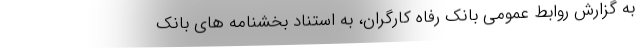
به گزارش روابط عمومی بانک رفاه کارگران، به استناد بخشنامه های بانک